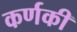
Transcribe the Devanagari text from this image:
कर्णकी